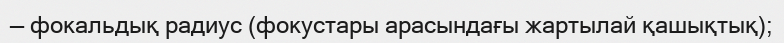
— фокальдық радиус (фокустары арасындағы жартылай қашықтық);